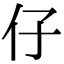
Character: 仔